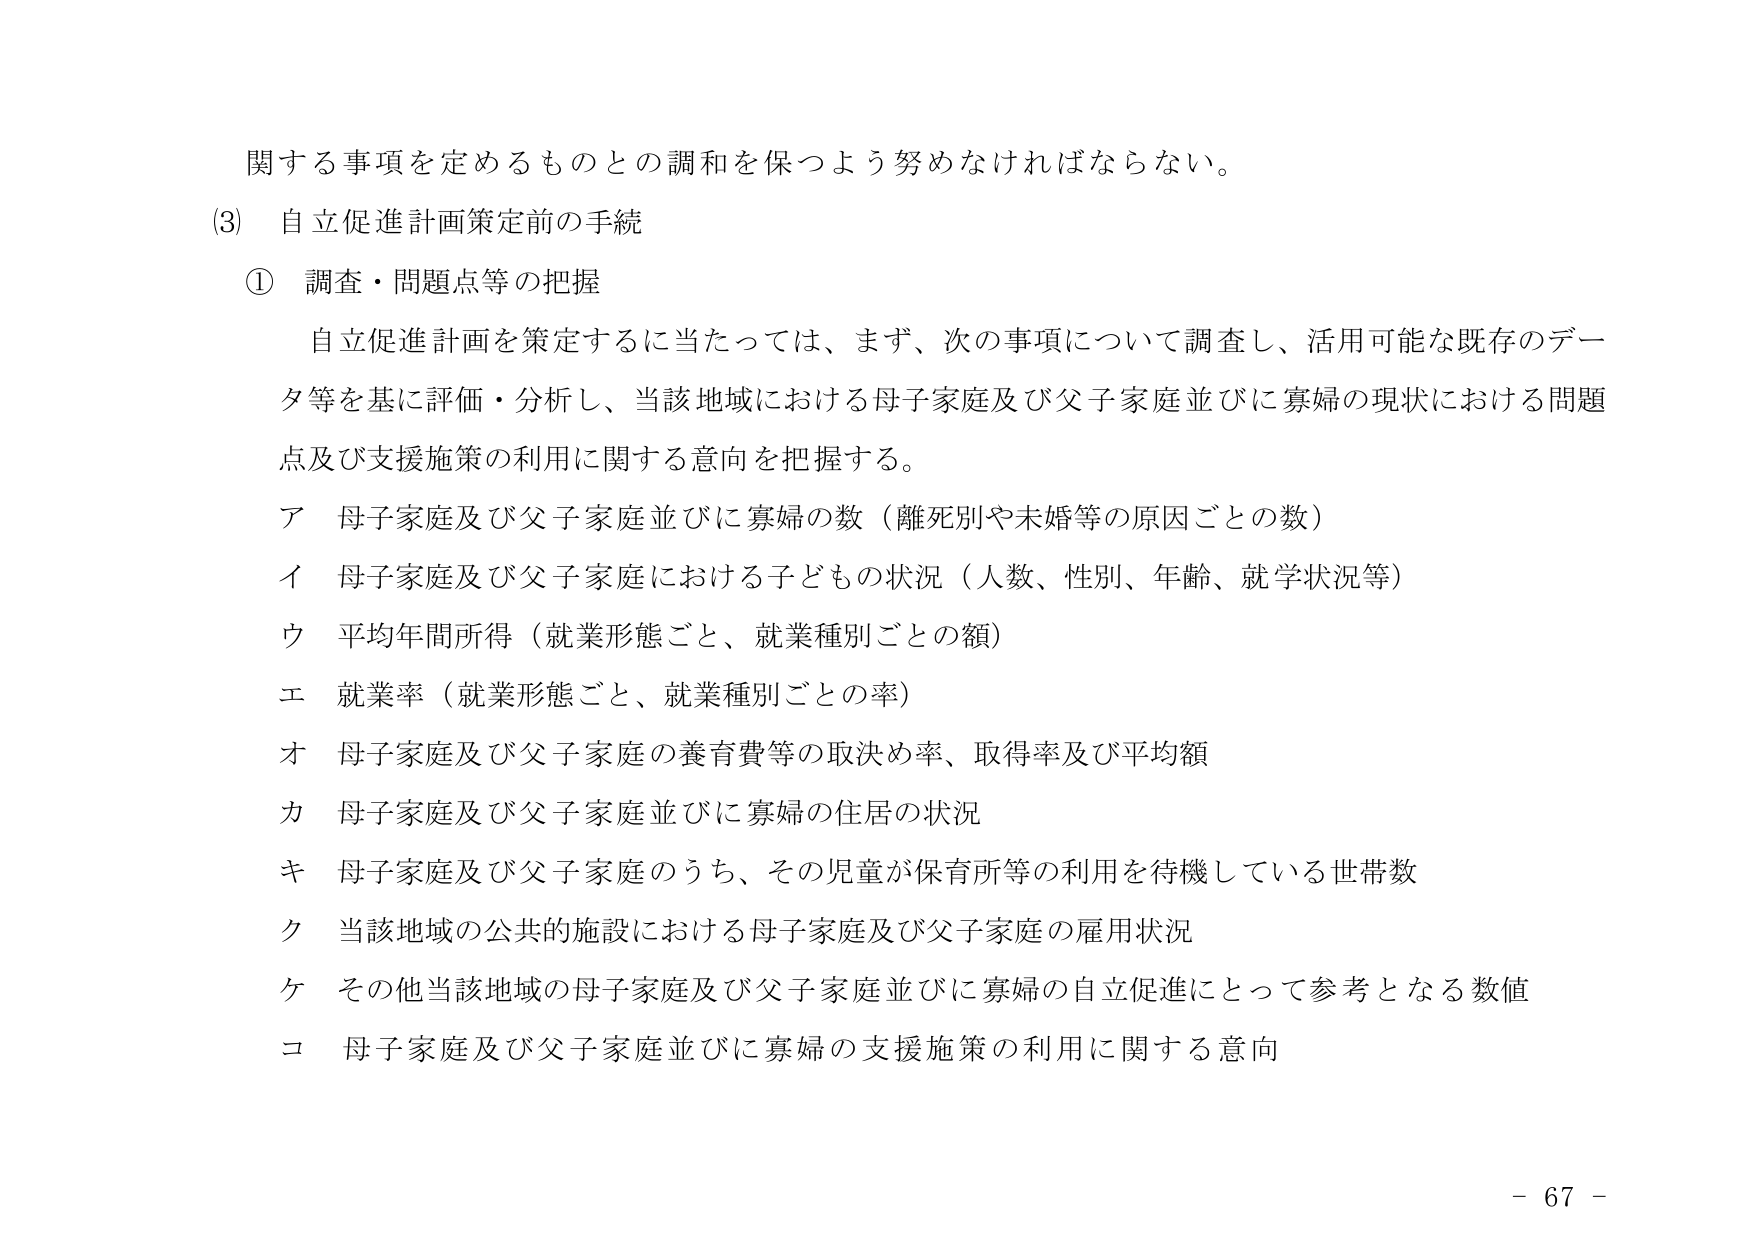
関する事項を定めるものとの調和を保つよう努めなければならない。

(3) 自立促進計画策定前の手続

① 調査・問題点等の把握

自立促進計画を策定するに当たっては、まず、次の事項について調査し、活用可能な既存のデータ等を基に評価・分析し、当該地域における母子家庭及び父子家庭並びに寡婦の現状における問題点及び支援施策の利用に関する意向を把握する。

ア 母子家庭及び父子家庭並びに寡婦の数（離死別や未婚等の原因ごとの数）

イ 母子家庭及び父子家庭における子どもの状況（人数、性別、年齢、就学状況等）

ウ 平均年間所得（就業形態ごと、就業種別ごとの額）

エ 就業率（就業形態ごと、就業種別ごとの率）

オ 母子家庭及び父子家庭の養育費等の取決め率、取得率及び平均額

カ 母子家庭及び父子家庭並びに寡婦の住居の状況

キ 母子家庭及び父子家庭のうち、その児童が保育所等の利用を待機している世帯数

ク 当該地域の公共的施設における母子家庭及び父子家庭の雇用状況

ケ その他当該地域の母子家庭及び父子家庭並びに寡婦の自立促進にとって参考となる数値

コ 母子家庭及び父子家庭並びに寡婦の支援施策の利用に関する意向

- 67 -